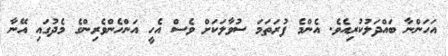
އަހަންނާ ބައްދަލުކުރިއެވެ. އެންމެ ފުރަތަމަ ސުވާލަކަށް ވެސް އެހީ އަންހެންވެރިންގެ މެދުގައި އޭނާ